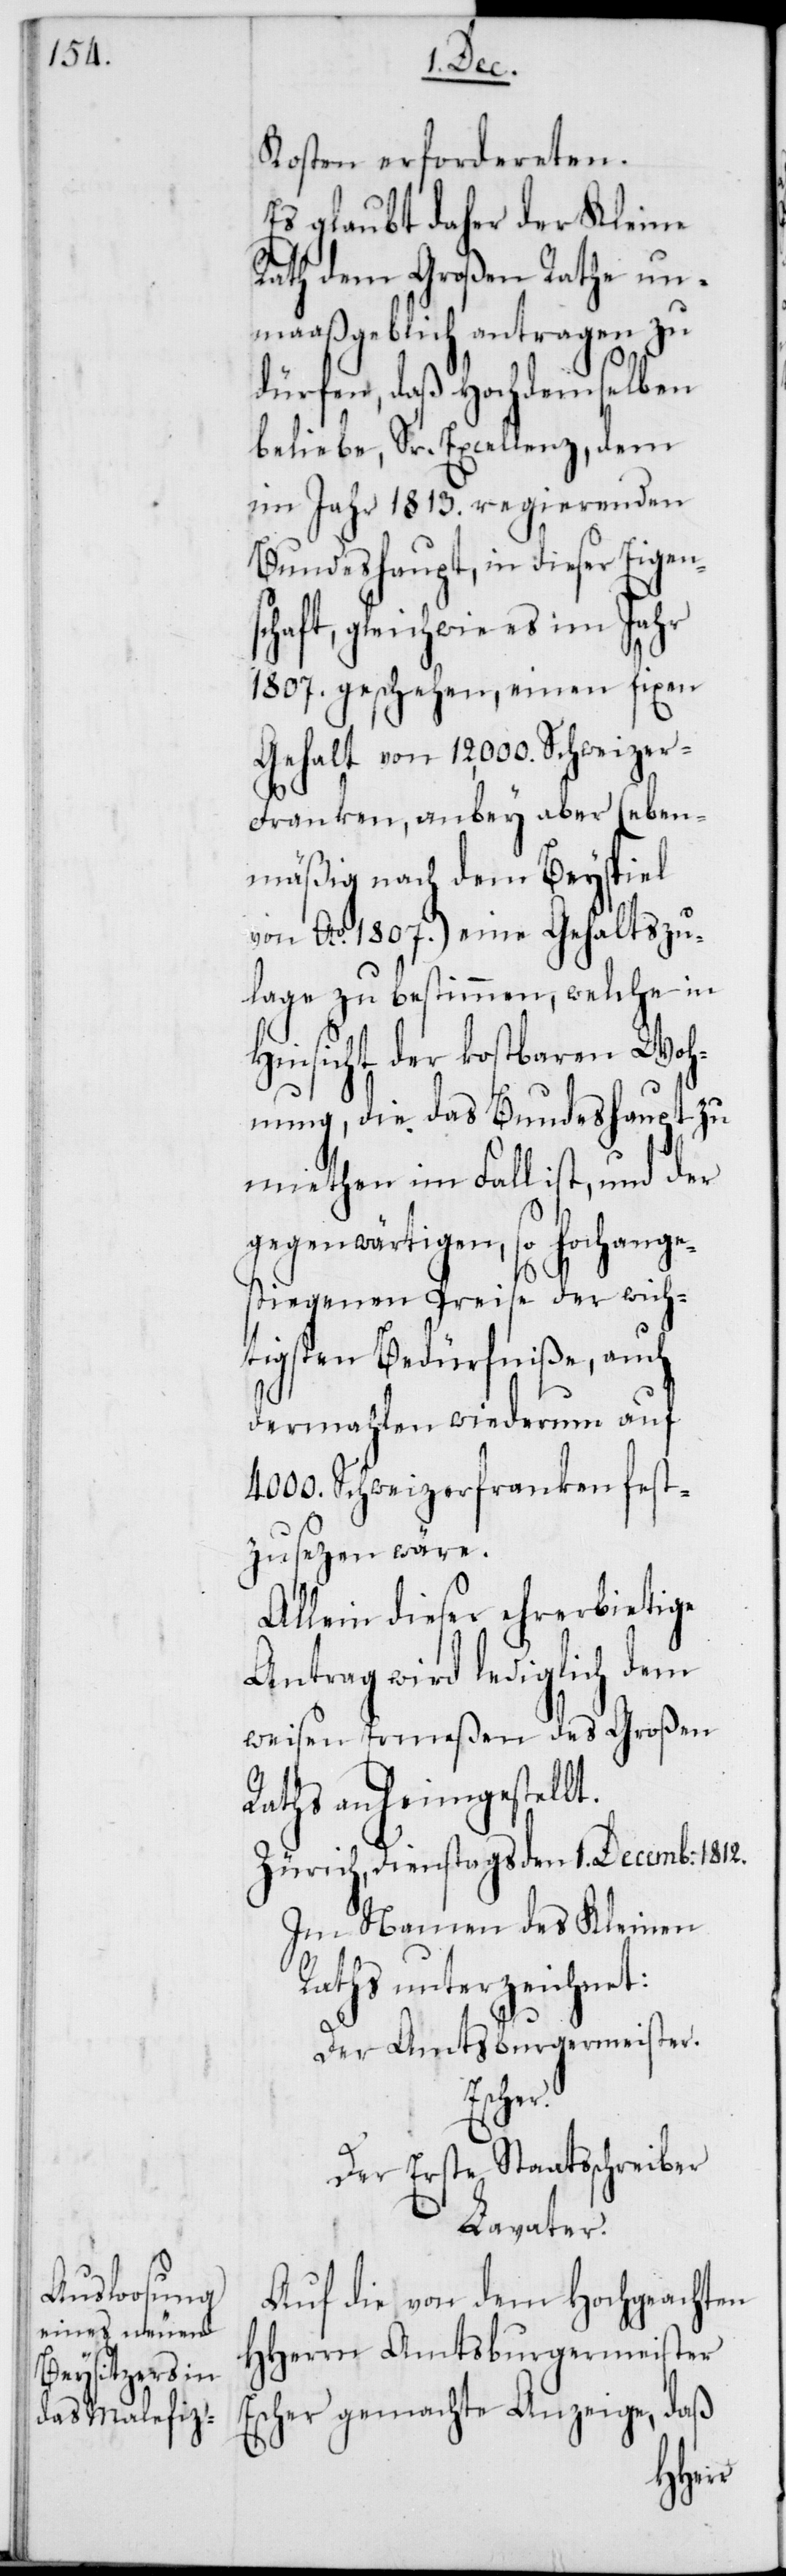
Kosten erfordereten.
Es glaubt daher der Kleine
Rath dem Großen Rathe un¬
maaßgeblich antragen zu
dürfen, daß Hochdemselben
beliebe, Sr. Excellenz, dem
im Jahr 1813. regierenden
Bundeshaupt, in dieser Eigens¬
chaft, gleichwie es im Jahr
1807. geschehen, einen fixen
Gehalt von 12,000. Schweize¬
r-Franken, anbey aber (eben¬
mäßig nach dem Beyspiel
von Ao 1807.) eine Gehaltszu¬
lage zu bestimmen, welche in
Hinsicht der kostbaren Woh¬
nung, die das Bundeshaupt zu
miethen im Fall ist, und der
gegenwärtigen, so hochange¬
stiegenen Preise der wicht¬
igsten Bedürfniße, auch
dermahlen wiederum auf
4000. Schweizerfranken fest¬
zusezen wäre.
Allein dieser ehrerbietige
Antrag wird lediglich dem
weisen Ermeßen des Großen
Raths anheimgestellt.
Zürich, Dienstags den 1. Decemb: 1812.
Im Namen des Kleinen
Raths unterzeichnet:
Der Amtsburgermeister.
Der Erste Staatsschreiber
Lavater.
Auf die von dem Hochgeachten
HHerrn Amtsburgermeister
Escher gemachte Anzeige, daß